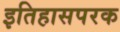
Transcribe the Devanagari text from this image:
इतिहासपरक